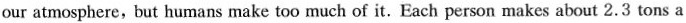
our atmosphere, but humans make too much of it. Each person makes about 2.3 tons a